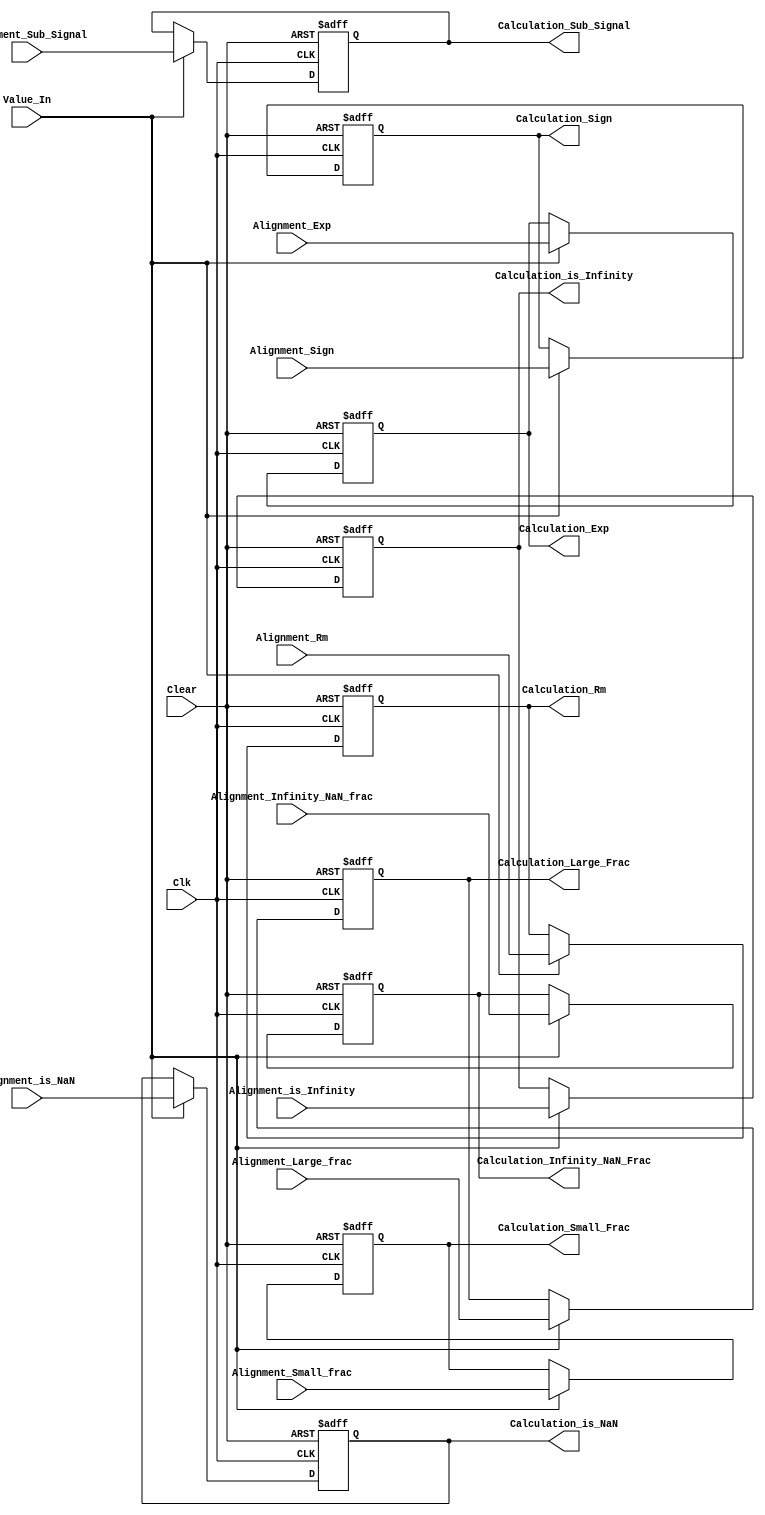
module Regsister_Aligment_to_Calculation (
    Calculation_Small_Frac, Calculation_Large_Frac,Calculation_Infinity_NaN_Frac, Calculation_Exp, Calculation_Rm, Calculation_is_NaN, Calculation_is_Infinity,Calculation_Sign, Calculation_Sub_Signal,Alignment_Small_frac,Alignment_Large_frac, Alignment_Infinity_NaN_frac,Alignment_Exp,Alignment_Rm,Alignment_is_NaN,Alignment_is_Infinity,Alignment_Sign,Alignment_Sub_Signal,Value_In,Clk,Clear
);

    input [26:0] Alignment_Small_frac;
    input [23:0] Alignment_Large_frac;
    input [22:0] Alignment_Infinity_NaN_frac;
    input  [7:0] Alignment_Exp;
    input  [1:0] Alignment_Rm;
    input        Alignment_is_Infinity,Alignment_Sign,Alignment_Sub_Signal,Alignment_is_NaN;
    input        Value_In,Clk,Clear;
    output reg [26:0] Calculation_Small_Frac; 
    output reg [23:0] Calculation_Large_Frac;
    output reg [22:0] Calculation_Infinity_NaN_Frac; 
    output reg  [7:0] Calculation_Exp;
    output reg  [1:0] Calculation_Rm;
    output reg        Calculation_is_NaN, Calculation_is_Infinity,Calculation_Sign, Calculation_Sub_Signal;

    always @(posedge Clk or negedge Clear) begin
        if (~Clear) begin
            Calculation_Rm                  <=0;
            Calculation_is_NaN              <=0;
            Calculation_is_Infinity         <=0;
            Calculation_Infinity_NaN_Frac   <=0;
            Calculation_Sign                <=0;
            Calculation_Exp                 <=0;
            Calculation_Sub_Signal          <=0;
            Calculation_Large_Frac          <=0;
            Calculation_Small_Frac          <=0;
        end
        else if (Value_In) begin
            Calculation_Rm                  <=Alignment_Rm;
            Calculation_is_NaN              <=Alignment_is_NaN;
            Calculation_is_Infinity         <=Alignment_is_Infinity;
            Calculation_Infinity_NaN_Frac   <=Alignment_Infinity_NaN_frac;
            Calculation_Sign                <=Alignment_Sign;
            Calculation_Exp                 <=Alignment_Exp;
            Calculation_Sub_Signal          <=Alignment_Sub_Signal;
            Calculation_Large_Frac          <=Alignment_Large_frac;
            Calculation_Small_Frac          <=Alignment_Small_frac;
        end
        
    end
    
endmodule